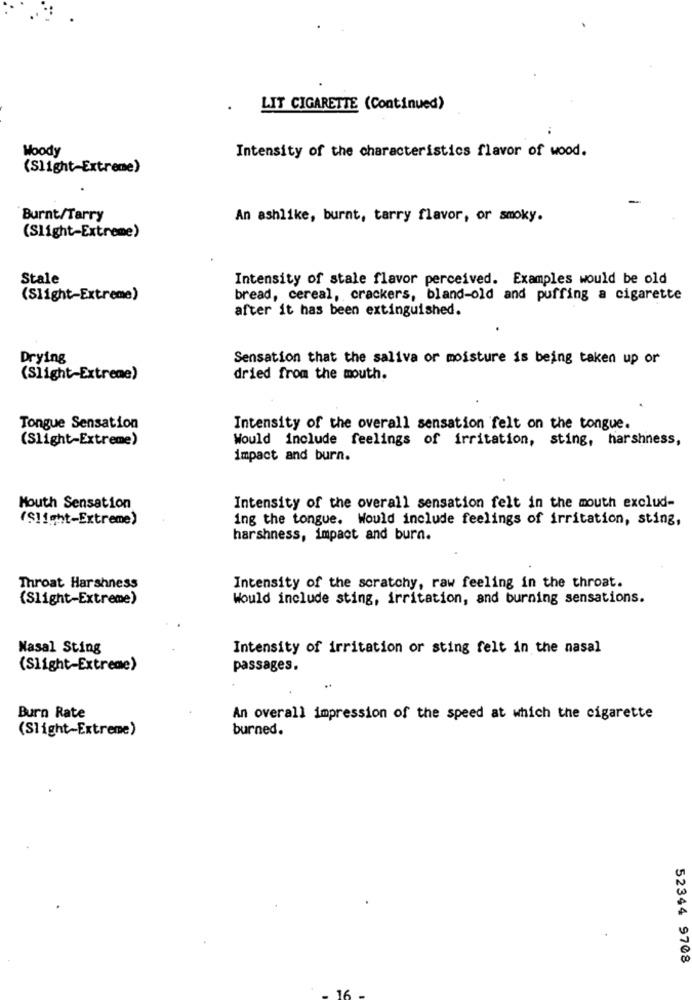
. LIT CIGARETTE (Continued)
Woody
Intensity of the characteristics flavor of wood.
(Slight-Extreme)
-
Burnt/Tarry
An ashlike, burnt, tarry flavor, or smoky.
(Slight-Extreme)
Stale
Intensity of stale flavor perceived. Examples would be old
(Slight-Extreme)
bread, cereal, crackers, bland-old and puffing a cigarette
after it has been extinguished.
Drying
Sensation that the saliva or moisture is being taken up or
(Slight-Extreme)
dried from the mouth.
Tongue Sensation
Intensity of the overall sensation felt on the tongue.
(Slight-Extreme)
Would include feelings of irritation, sting, harshness,
impact and burn.
Mouth Sensation
Intensity of the overall sensation felt in the mouth exclud-
(Slight-Extreme)
ing the tongue. Would include feelings of irritation, sting,
harshness, impact and burn.
Throat Harshness
Intensity of the scratchy, raw feeling in the throat.
(Slight-Extreme)
Would include sting, irritation, and burning sensations.
Nasal Sting
Intensity of irritation or sting felt in the nasal
(Slight-Extreme)
passages.
Burn Rate
An overall impression of the speed at which the cigarette
(Slight-Extreme)
burned.
52344 9708